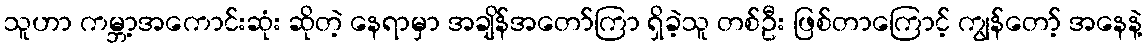
သူဟာ ကမ္ဘာ့အကောင်းဆုံး ဆိုတဲ့ နေရာမှာ အချိန်အတော်ကြာ ရှိခဲ့သူ တစ်ဦး ဖြစ်တာကြောင့် ကျွန်တော့် အနေနဲ့